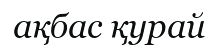
ақбас қурай